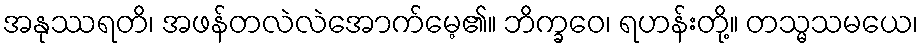
အနုဿရတိ၊ အဖန်တလဲလဲအောက်မေ့၏။ ဘိက္ခဝေ၊ ရဟန်းတို့။ တသ္မသမယေ၊